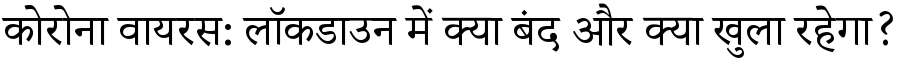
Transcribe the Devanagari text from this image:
कोरोना वायरस: लॉकडाउन में क्या बंद और क्या खुला रहेगा?